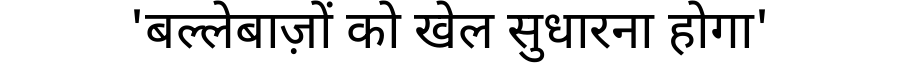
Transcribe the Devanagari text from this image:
'बल्लेबाज़ों को खेल सुधारना होगा'